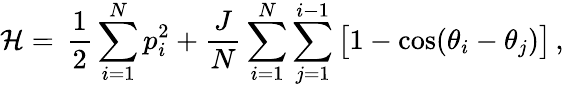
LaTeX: {\cal H}=\, \frac{1}{2}\sum_{i=1}^{N}p_{i}^{2}+\frac{J}{N}\sum_{i=1}^{N}\sum_{j=1}^{i-1}\big[1-\cos({\theta}_{i}-{\theta}_{j})\big]\, ,